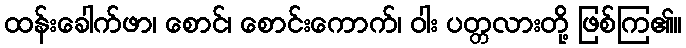
ထန်းခေါက်ဖာ၊ စောင်၊ စောင်းကောက်၊ ဝါး ပတ္တလားတို့ ဖြစ်ကြ၏။